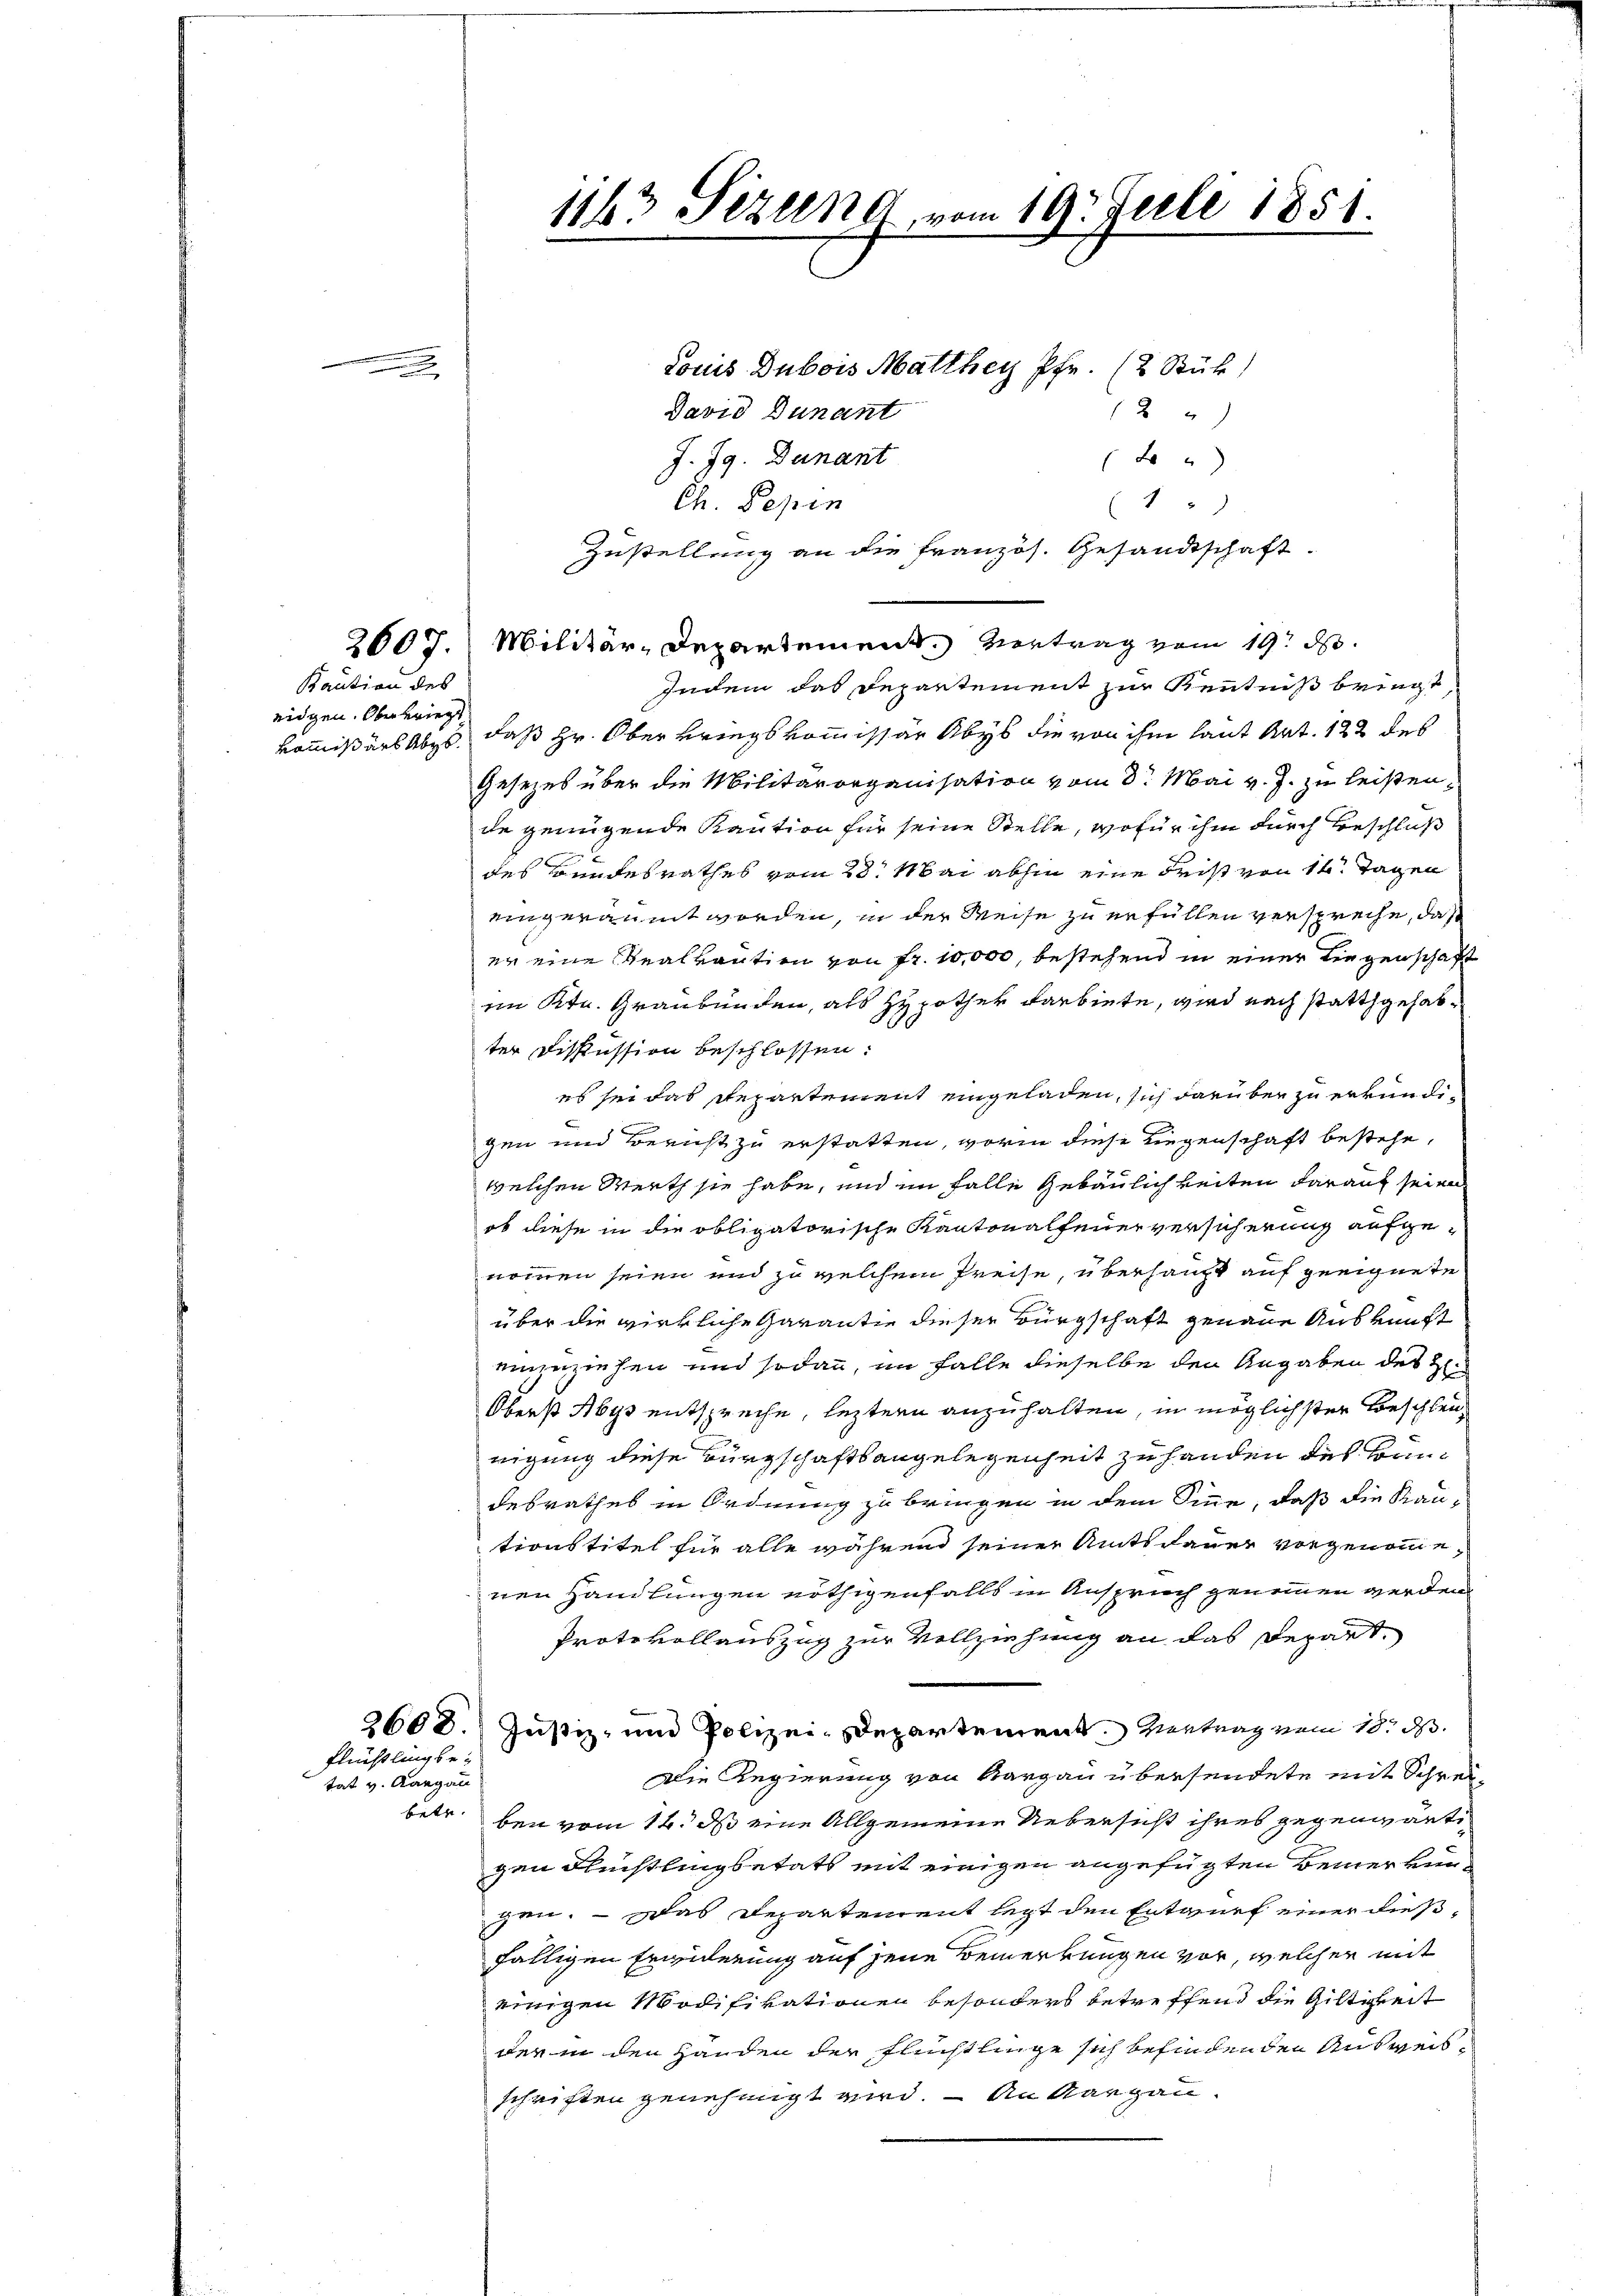
Kaution des
ridgen. Oberkriegt

Flüchtling betat v. Aargau

David Dunant
84)
J. 79. Denant
x
Ch. Pepin
1
Zustellung an die Französ. Gesandtschaft.
2007. Militär-Departement. Vertrag vom 19. d.
Indem das Departement zur Kenntniß bringt,
kommißärs Abge, daß Hr. Ober kriegskommissär Abyb die von ihm laut Art. 122 des
Gesezes über die Militärorganisation vom 3. Mai v. J. zu leisten,
de genügende Kaution für seine Stelle, wofür ihm durch Beschluß
des Bundesrathes vom 28. Mai abhin eine Frist von 14 Tagen
eingeräumt worden, in der Weise zu erfüllen verspreche, daß
er eine Realkaution von Fr. 10,000, bestehend in einer Liegenschaft
im Ktn. Graubünden, als Hypother darbiete, wird nach stattgehabter Diskussion beschlossen:
es sei das Repartement eingeladen, sich darüber zu erkundigen und Bericht zu erstatten, worin diese Liegenschaft bestehe,
welchen Werth sie habe, und im Falle Gebäulichkeiten darauf seien
ob diese in die obligatorische Kantonalfeuerversicherung aufgenommen seien und zu welchem Preise, überhaupt auf geeignete
über die wirkliche Garantie dieser Bürgschaft genaue Auskunft
einzuziehen und sodann, im Falle dieselbe den Angaben des H
Oberst Abys entspreche, leztern anzuhalten, in möglichster Beschleurigung diese Bürgschaftsangelegenheit zu handen des Bundesrathes in Ordnung zu bringen in dem Sinne, daß die Kautionstitel für alle während seiner Amtsdauer vorgenommenen Handlungen nöthigenfalls in Anspruch genommen werden.
Protokollauszug zur Vollziehung an das Repart
2608. Justiz- und Polizei-Departement. Vertrag vom 18. d.
Die Regierung von Aargau übersendete mit Schreibetr. bei vom 14. ds eine Allgemeine Uebersicht ihres gegenwärtigen Flüchtlingbetats mit einigen angefügten Bemerkungen. – Das Departement letzt den Entwurf einer dießfälligen Erwiderung auf jene Bemerkungen vor, welcher mit
einigen Modifikationen besonders betreffend die Giltigkeit
der in den Handen der Flüchtlinge sich befindenden Ausweisschriften genehmigt wird. — An Margau.

1183 Sezung vom 19. Juli 1851.

Louis Dubois Matther Pfr. (2 Stück